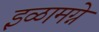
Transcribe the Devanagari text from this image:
इळामग्ने